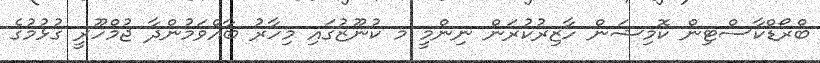
ބްރޯޑްކާސްޓިން ކޮމިޝަން ހާޒިރުކުރަން ނިންމީ މ ކުނޫޒުގައި މިހާރު ބާއްވަމުންދާ ޖުމްހޫރީ ގުޅުމުގެ